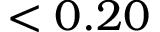
< 0 . 2 0